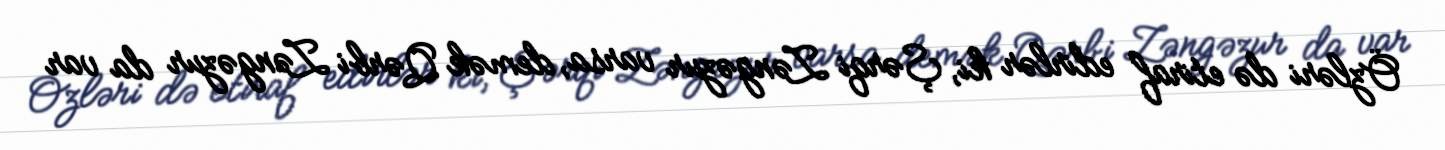
Özləri də etiraf edirlər ki, Şərqi Zəngəzur varsa, demək Qərbi Zəngəzur da var